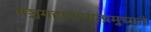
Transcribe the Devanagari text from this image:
पञ्चमहापापात्प्रमुच्यते